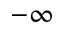
- \infty